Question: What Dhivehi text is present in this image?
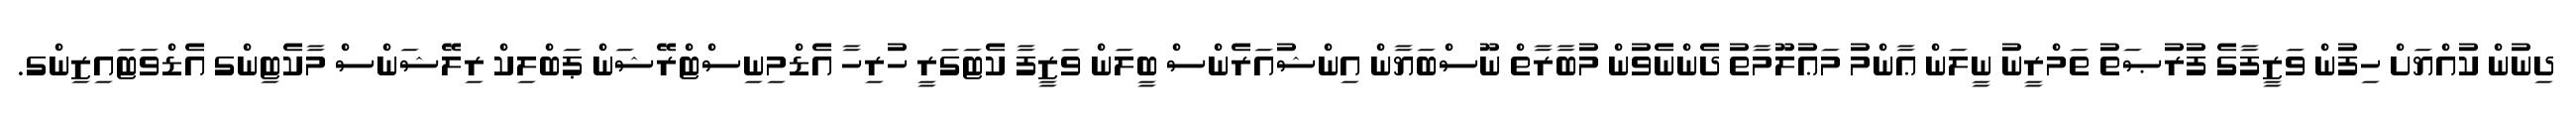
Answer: ދިނުން ކުއްޔަށް ހިފުން ވަޒީފާގެ ފުރުޞަތު ތަމްރީނު ނީލަން ޢާންމު މަޢުލޫމާތު ދެންނެވުން މުބާރާތް ނޫސްބަޔާން އިންޝުއަރެންސް ބީލަން ވަޒީފާ ކެޓަގަރީ ހުރިހާ އެޑްމިނިސްޓްރޭޝަން ޕަބްލިކް ރިލޭޝަންސް މާކެޓިންގ އެޑްވަޓައިޒިންގ.